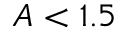
A < 1 . 5